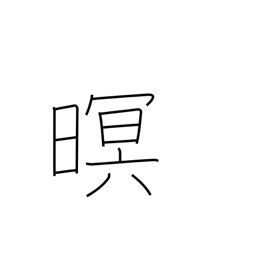
Meaning: dark